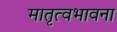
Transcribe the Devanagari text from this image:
मातृत्वभावना